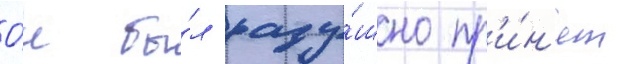
О́н бы́л раду́шно пр'и́н'ят